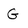
Character: G